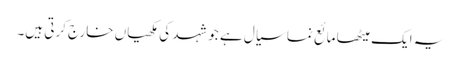
یہ ایک میٹھا مائع نما سیال ہے جو شہد کی مکھیاں خارج کرتی ہیں۔